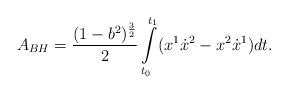
LaTeX: \begin{align*} A_{BH} =\frac{(1-b^2)^{\frac{3}{2}}}{2}\int\limits_{t_{0}}^{t_{1}}(x^{1}\dot{x}^{2}-x^{2}\dot{x}^{1})dt. \end{align*}